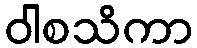
ဝါစသိကာ